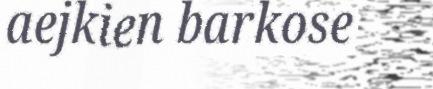
aejkien barkose